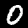
Digit: 0